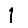
Digit: 1